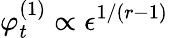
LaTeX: \varphi_{t}^{(1)}\propto\epsilon^{1/(r-1)}